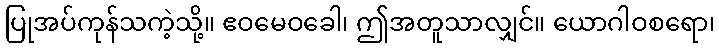
ပြုအပ်ကုန်သကဲ့သို့။ ဧဝမေဝခေါ၊ ဤအတူသာလျှင်။ ယောဂါဝစရော၊